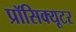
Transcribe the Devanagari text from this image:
प्रॉसिक्यूटर